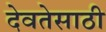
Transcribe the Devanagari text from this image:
देवतेसाठी